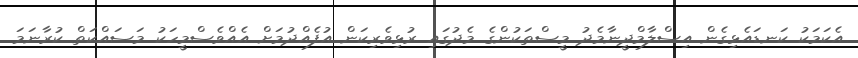
އެކަމަކު ކަނޑައެޅިގެން އިސްލާމްދީނާމެދު މީސްތަކުންގެ މެދުގައި ރުޅިވެރިކަން އުފެއްދުމަށް އެއްވެސްމީހަކު މަސައްކަތް ކުރާނަމަ